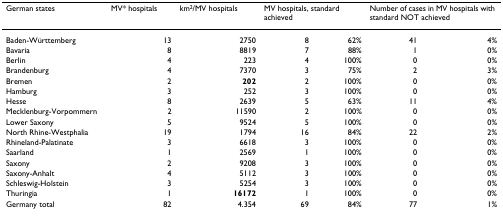
<table><thead><tr><td><b>German states</b></td><td><b>MV* hospitals</b></td><td><b>km<sup>2</sup>/MV hospitals</b></td><td colspan="2"><b>MV hospitals, standard achieved</b></td><td colspan="2"><b>Number of cases in MV hospitals with standard NOT achieved</b></td></tr></thead><tbody><tr><td>Baden-Württemberg</td><td>13</td><td>2750</td><td>8</td><td>62%</td><td>41</td><td>4%</td></tr><tr><td>Bavaria</td><td>8</td><td>8819</td><td>7</td><td>88%</td><td>1</td><td>0%</td></tr><tr><td>Berlin</td><td>4</td><td>223</td><td>4</td><td>100%</td><td>0</td><td>0%</td></tr><tr><td>Brandenburg</td><td>4</td><td>7370</td><td>3</td><td>75%</td><td>2</td><td>3%</td></tr><tr><td>Bremen</td><td>2</td><td><b>202</b></td><td>2</td><td>100%</td><td>0</td><td>0%</td></tr><tr><td>Hamburg</td><td>3</td><td>252</td><td>3</td><td>100%</td><td>0</td><td>0%</td></tr><tr><td>Hesse</td><td>8</td><td>2639</td><td>5</td><td>63%</td><td>11</td><td>4%</td></tr><tr><td>Mecklenburg-Vorpommern</td><td>2</td><td>11590</td><td>2</td><td>100%</td><td>0</td><td>0%</td></tr><tr><td>Lower Saxony</td><td>5</td><td>9524</td><td>5</td><td>100%</td><td>0</td><td>0%</td></tr><tr><td>North Rhine-Westphalia</td><td>19</td><td>1794</td><td>16</td><td>84%</td><td>22</td><td>2%</td></tr><tr><td>Rhineland-Palatinate</td><td>3</td><td>6618</td><td>3</td><td>100%</td><td>0</td><td>0%</td></tr><tr><td>Saarland</td><td>1</td><td>2569</td><td>1</td><td>100%</td><td>0</td><td>0%</td></tr><tr><td>Saxony</td><td>2</td><td>9208</td><td>3</td><td>100%</td><td>0</td><td>0%</td></tr><tr><td>Saxony-Anhalt</td><td>4</td><td>5112</td><td>3</td><td>100%</td><td>0</td><td>0%</td></tr><tr><td>Schleswig-Holstein</td><td>3</td><td>5254</td><td>3</td><td>100%</td><td>0</td><td>0%</td></tr><tr><td>Thuringia</td><td>1</td><td><b>16172</b></td><td>1</td><td>100%</td><td>0</td><td>0%</td></tr><tr><td>Germany total</td><td>82</td><td>4.354</td><td>69</td><td>84%</td><td>77</td><td>1%</td></tr></tbody></table>